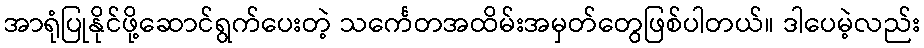
အာရုံပြုနိုင်ဖို့ဆောင်ရွက်ပေးတဲ့ သင်္ကေတအထိမ်းအမှတ်တွေဖြစ်ပါတယ်။ ဒါပေမဲ့လည်း